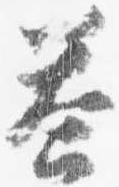
答